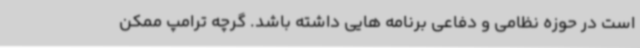
است در حوزه نظامی و دفاعی برنامه هایی داشته باشد. گرچه ترامپ ممکن